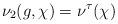
LaTeX: \begin{align*} \nu_2(g,\chi)=\nu^\tau(\chi) \end{align*}